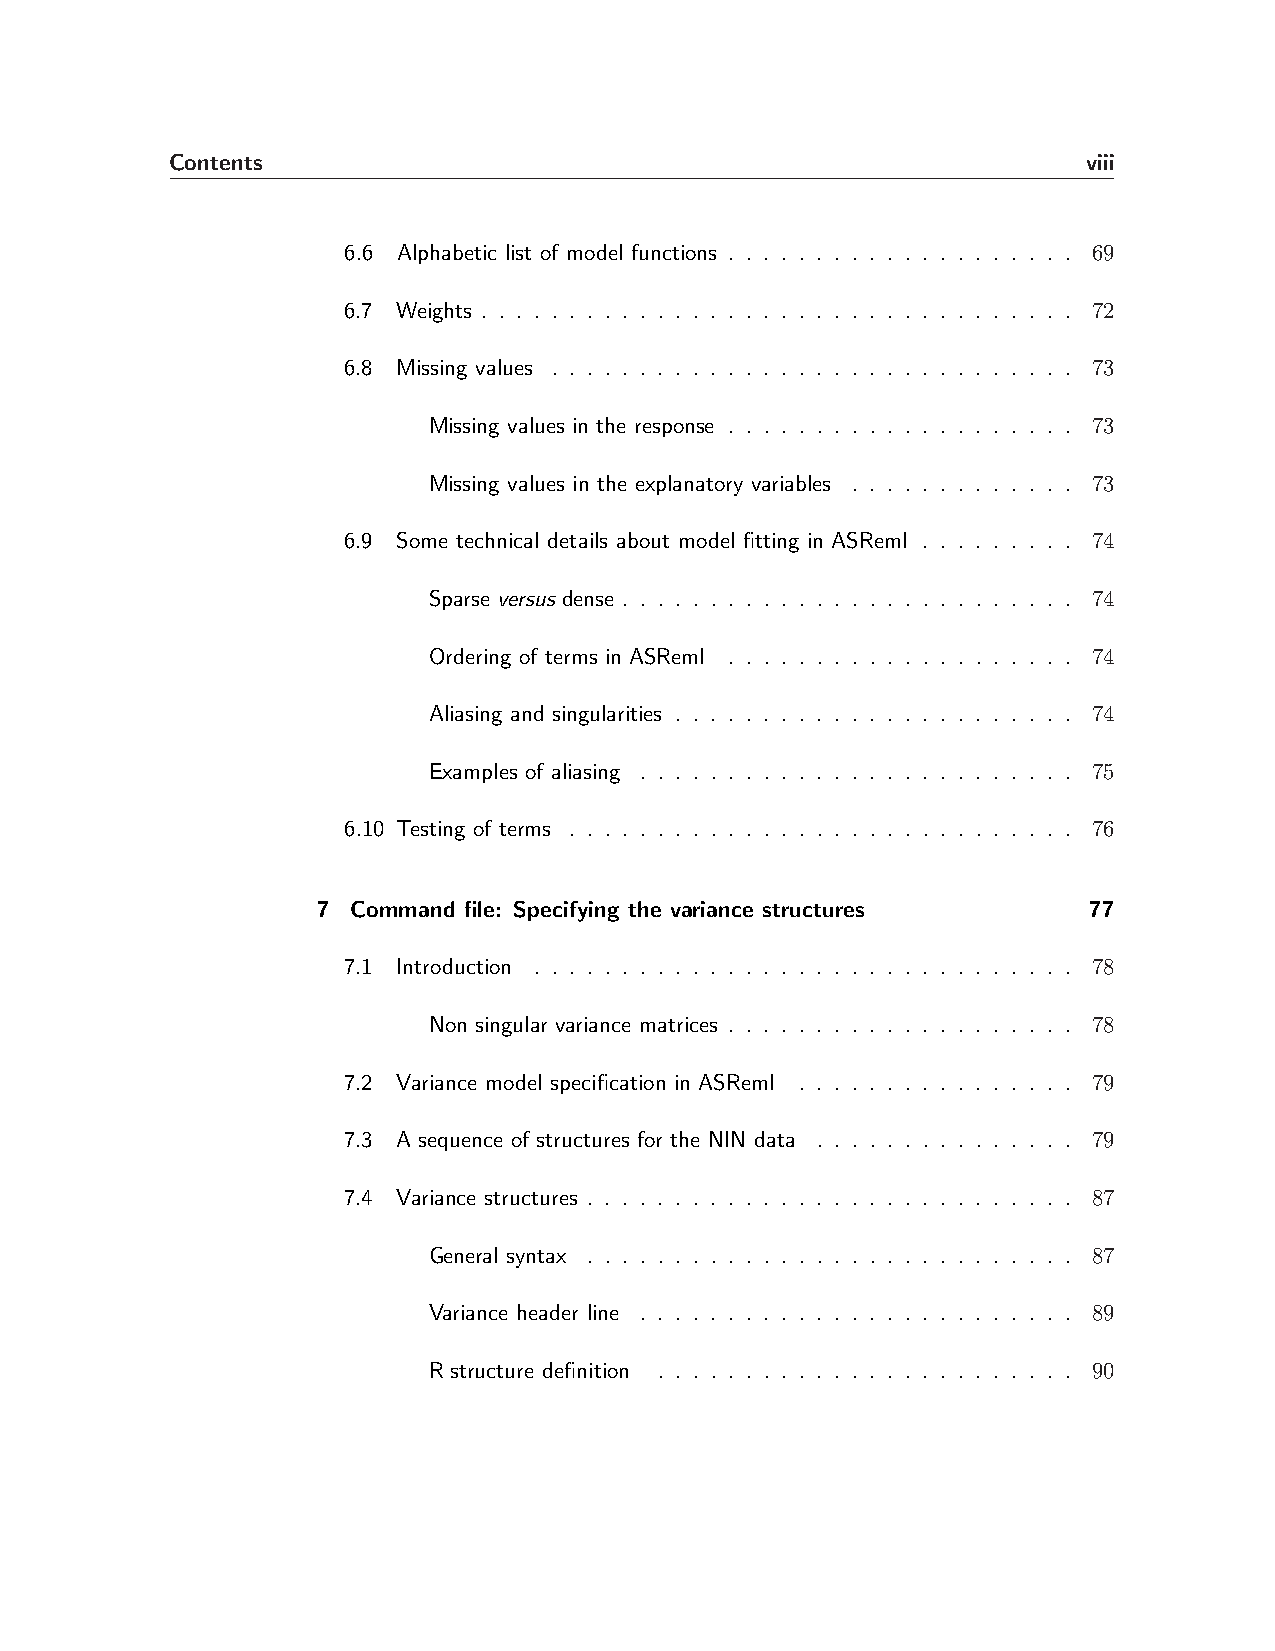
Contents                                                     viii
 6.6 Alphabetic list of model functions . . . . . . . . . . . . . . . . . . . . 69
 6.7 Weights . . . . . . . . . . . . . . . . . . . . . . . . . . . . . . . . . . 72
 6.8 Missing values . . . . . . . . . . . . . . . . . . . . . . . . . . . . . . 73
 Missing values in the response . . . . . . . . . . . . . . . . . . . . 73
 Missing values in the explanatory variables . . . . . . . . . . . . . 73
 6.9 Some technical details about model fitting in ASReml . . . . . . . . . 74
 Sparse versus dense . . . . . . . . . . . . . . . . . . . . . . . . . . 74
 Ordering of terms in ASReml . . . . . . . . . . . . . . . . . . . . 74
 Aliasing and singularities . . . . . . . . . . . . . . . . . . . . . . . 74
 Examples of aliasing . . . . . . . . . . . . . . . . . . . . . . . . . 75
 6.10 Testing of terms . . . . . . . . . . . . . . . . . . . . . . . . . . . . . 76
 7 Command file: Specifying the variance structures 77
 7.1 Introduction . . . . . . . . . . . . . . . . . . . . . . . . . . . . . . . 78
 Non singular variance matrices . . . . . . . . . . . . . . . . . . . . 78
 7.2 Variance model specification in ASReml . . . . . . . . . . . . . . . . 79
 7.3 A sequence of structures for the NIN data . . . . . . . . . . . . . . . 79
 7.4 Variance structures . . . . . . . . . . . . . . . . . . . . . . . . . . . . 87
 General syntax . . . . . . . . . . . . . . . . . . . . . . . . . . . . 87
 Variance header line . . . . . . . . . . . . . . . . . . . . . . . . . 89
 R structure definition . . . . . . . . . . . . . . . . . . . . . . . . 90